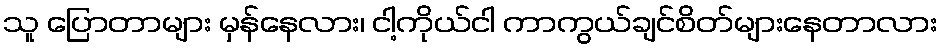
သူ ပြောတာများ မှန်နေလား၊ ငါ့ကိုယ်ငါ ကာကွယ်ချင်စိတ်များနေတာလား